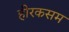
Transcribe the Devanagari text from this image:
हीरकसम